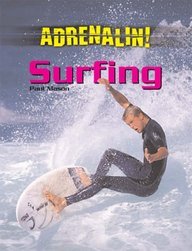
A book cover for Surfing (Adrenalin!); Paul Mason; Teen & Young Adult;